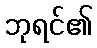
ဘုရင်၏